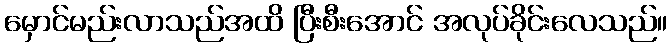
မှောင်မည်းလာသည်အထိ ပြီးစီးအောင် အလုပ်ခိုင်းလေသည်။